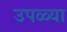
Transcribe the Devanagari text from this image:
उपळ्या